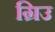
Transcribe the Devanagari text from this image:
ग्रिउ